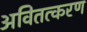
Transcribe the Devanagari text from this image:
अवितत्करण